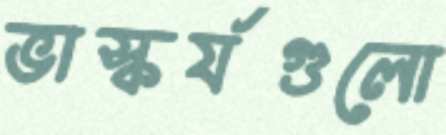
ভাস্কর্যগুলো